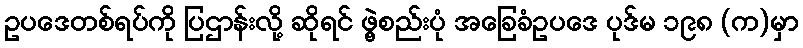
ဥပဒေတစ်ရပ်ကို ပြဌာန်းလို့ ဆိုရင် ဖွဲ့စည်းပုံ အခြေခံဥပဒေ ပုဒ်မ ၁၉၈ (က)မှာ